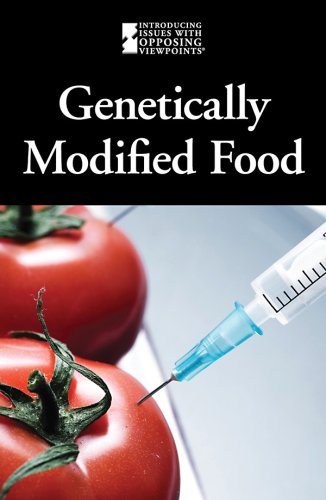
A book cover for Genetically Modified Foods (Introducing Issues with Opposing Viewpoints); Lauri S Friedman; Health, Fitness & Dieting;